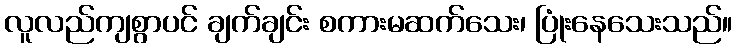
လူလည်ကျစွာပင် ချက်ချင်း စကားမဆက်သေး၊ ပြုံးနေသေးသည်။